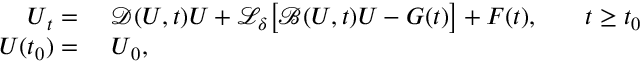
\begin{array} { r l r l } { \boldsymbol { U } _ { t } = \ } & { { } \mathcal { D } ( \boldsymbol { U } , t ) \boldsymbol { U } + \mathcal { L } _ { \boldsymbol { \delta } } \big [ \mathcal { B } ( \boldsymbol { U } , t ) \boldsymbol { U } - G ( t ) \big ] + \boldsymbol { F } ( t ) , } & { } & { { } t \geq t _ { 0 } } \\ { \boldsymbol { U } ( t _ { 0 } ) = \ } & { { } \boldsymbol { U } _ { 0 } , } \end{array}